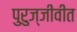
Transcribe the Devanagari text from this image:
पुरुज्जीवीत